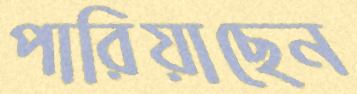
পারিয়াছেন